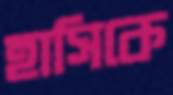
হাসিকে